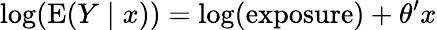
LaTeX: \log(\operatorname{E}(Y\mid x))=\log({\mathrm{exposure}})+\theta^{\prime}x